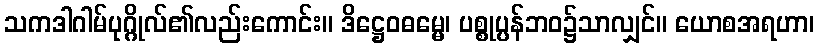
သကဒါဂါမ်ပုဂ္ဂိုလ်၏လည်းကောင်း။ ဒိဋ္ဌေဝဓမ္မေ၊ ပစ္စုပ္ပန်ဘဝ၌သာလျှင်။ ယောစအရဟာ၊